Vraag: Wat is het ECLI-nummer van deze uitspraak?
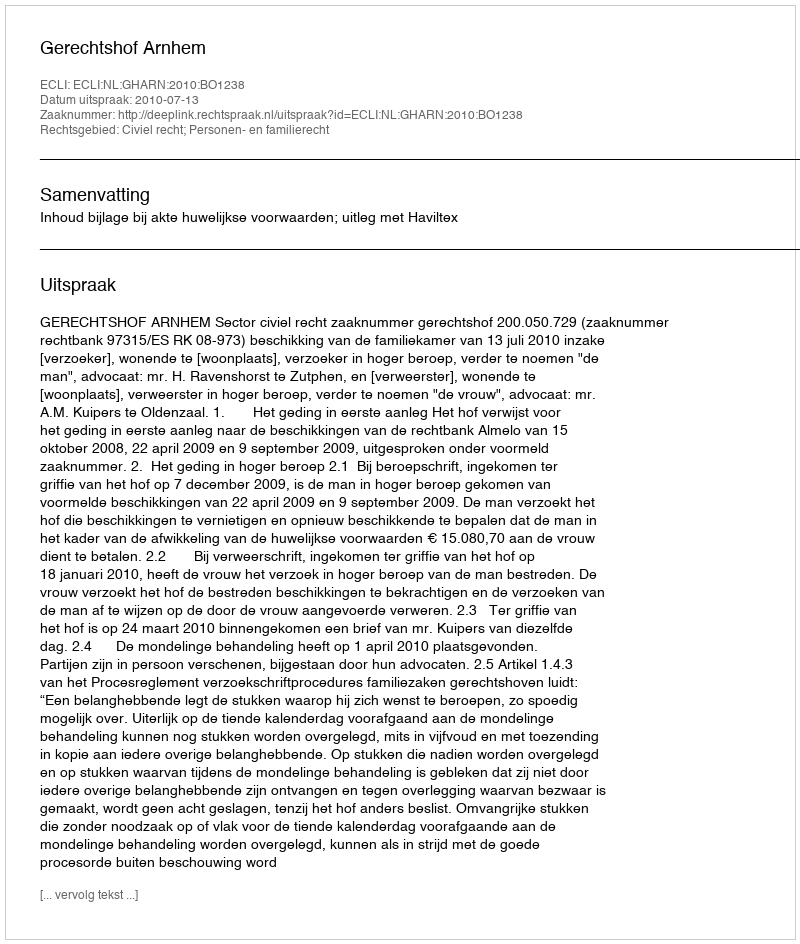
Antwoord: ECLI:NL:GHARN:2010:BO1238